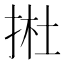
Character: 𢭰